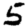
Digit: 5